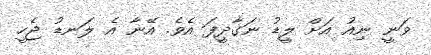
ވަނީ ނިއު އަށް ލީޑު ނަގާދީފަ އެވެ. އޭނާ އެ ލަނޑު ޖެހީ